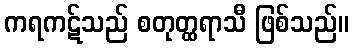
ကရကဋ်သည် စတုတ္ထရာသီ ဖြစ်သည်။